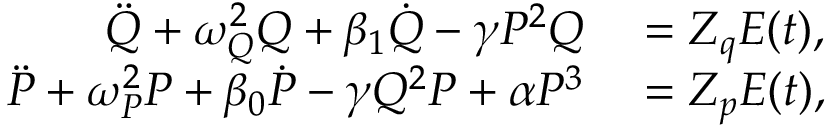
\begin{array} { r l } { \Ddot { Q } + \omega _ { Q } ^ { 2 } Q + \beta _ { 1 } \dot { Q } - \gamma P ^ { 2 } Q } & { { } = Z _ { q } E ( t ) , } \\ { \Ddot { P } + \omega _ { P } ^ { 2 } P + \beta _ { 0 } \dot { P } - \gamma Q ^ { 2 } P + \alpha P ^ { 3 } } & { { } = Z _ { p } E ( t ) , } \end{array}